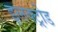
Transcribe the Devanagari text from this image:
इलक्ट्रोड